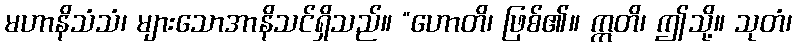
မဟာနိသံသံ၊ များသောအာနိသင်ရှိသည်။ “ဟောတိ၊ ဖြစ်၏။ ဣတိ၊ ဤသို့။ သုတံ၊